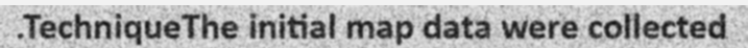
.TechniqueThe initial map data were collected